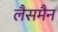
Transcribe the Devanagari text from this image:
लैसमैन